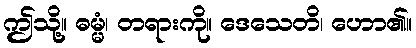
ဤသို့။ ဓမ္မံ၊ တရားကို။ ဒေသေတိ၊ ဟော၏။